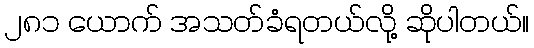
၂၈၁ ယောက် အသတ်ခံရတယ်လို့ ဆိုပါတယ်။